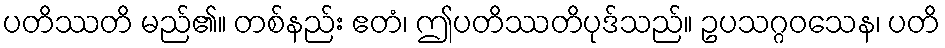
ပတိဿတိ မည်၏။ တစ်နည်း ဧတံ၊ ဤပတိဿတိပုဒ်သည်။ ဥပသဂ္ဂဝသေန၊ ပတိ